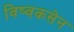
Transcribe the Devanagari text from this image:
विष्वकसेन